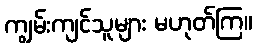
ကျွမ်းကျင်သူများ မဟုတ်ကြ။